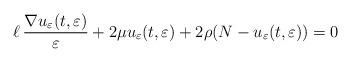
LaTeX: \begin{align*}\ell\, \frac{\nabla u_\varepsilon(t,\varepsilon)}{\varepsilon}+2\mu u_\varepsilon(t,\varepsilon)+2\rho(N-u_\varepsilon(t,\varepsilon))=0\end{align*}